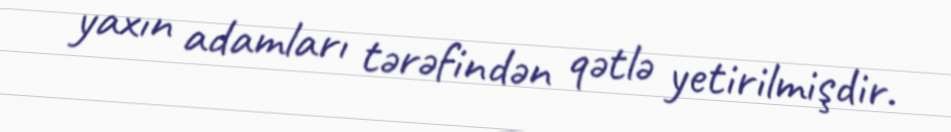
yaxın adamları tərəfindən qətlə yetirilmişdir.